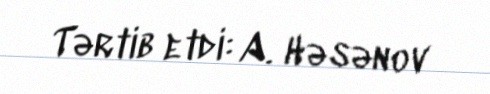
Tərtib etdi: A. Həsənov